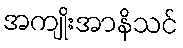
အကျိုးအာနိသင်